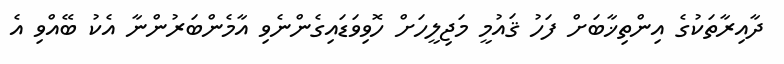
ދާއިރާތަކުގެ އިންތިޚާބަށް ފަހު ޤައުމީ މަޖިލީހަށް ހޮވިވަޑައިގެންނެވި އާމެންބަރުންނާ އެކު ބޭއްވި އެ